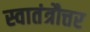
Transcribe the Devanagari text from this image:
स्वातंत्रौत्तर